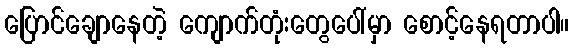
ပြောင်ချောနေတဲ့ ကျောက်တုံးတွေပေါ်မှာ စောင့်နေရတာပါ။